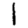
Digit: 1